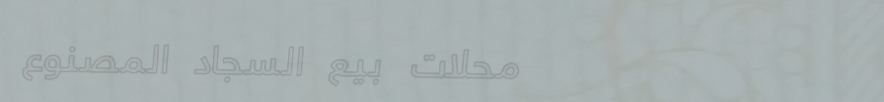
محلات بيع السجاد المصنوع